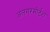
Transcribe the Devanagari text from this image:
अलगरमोर्टश